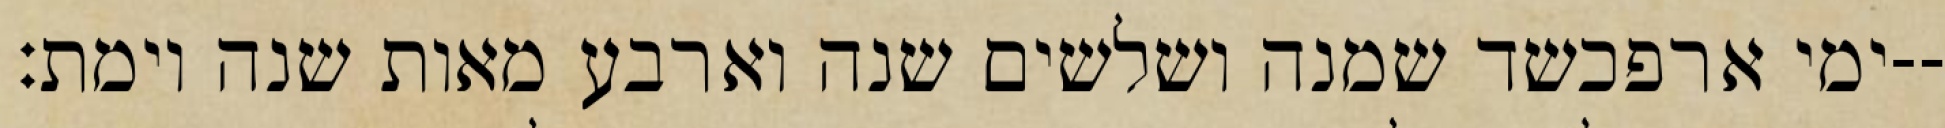
ימי ארפכשד שמנה ושלשים שנה וארבע מאות שנה וימת׃--